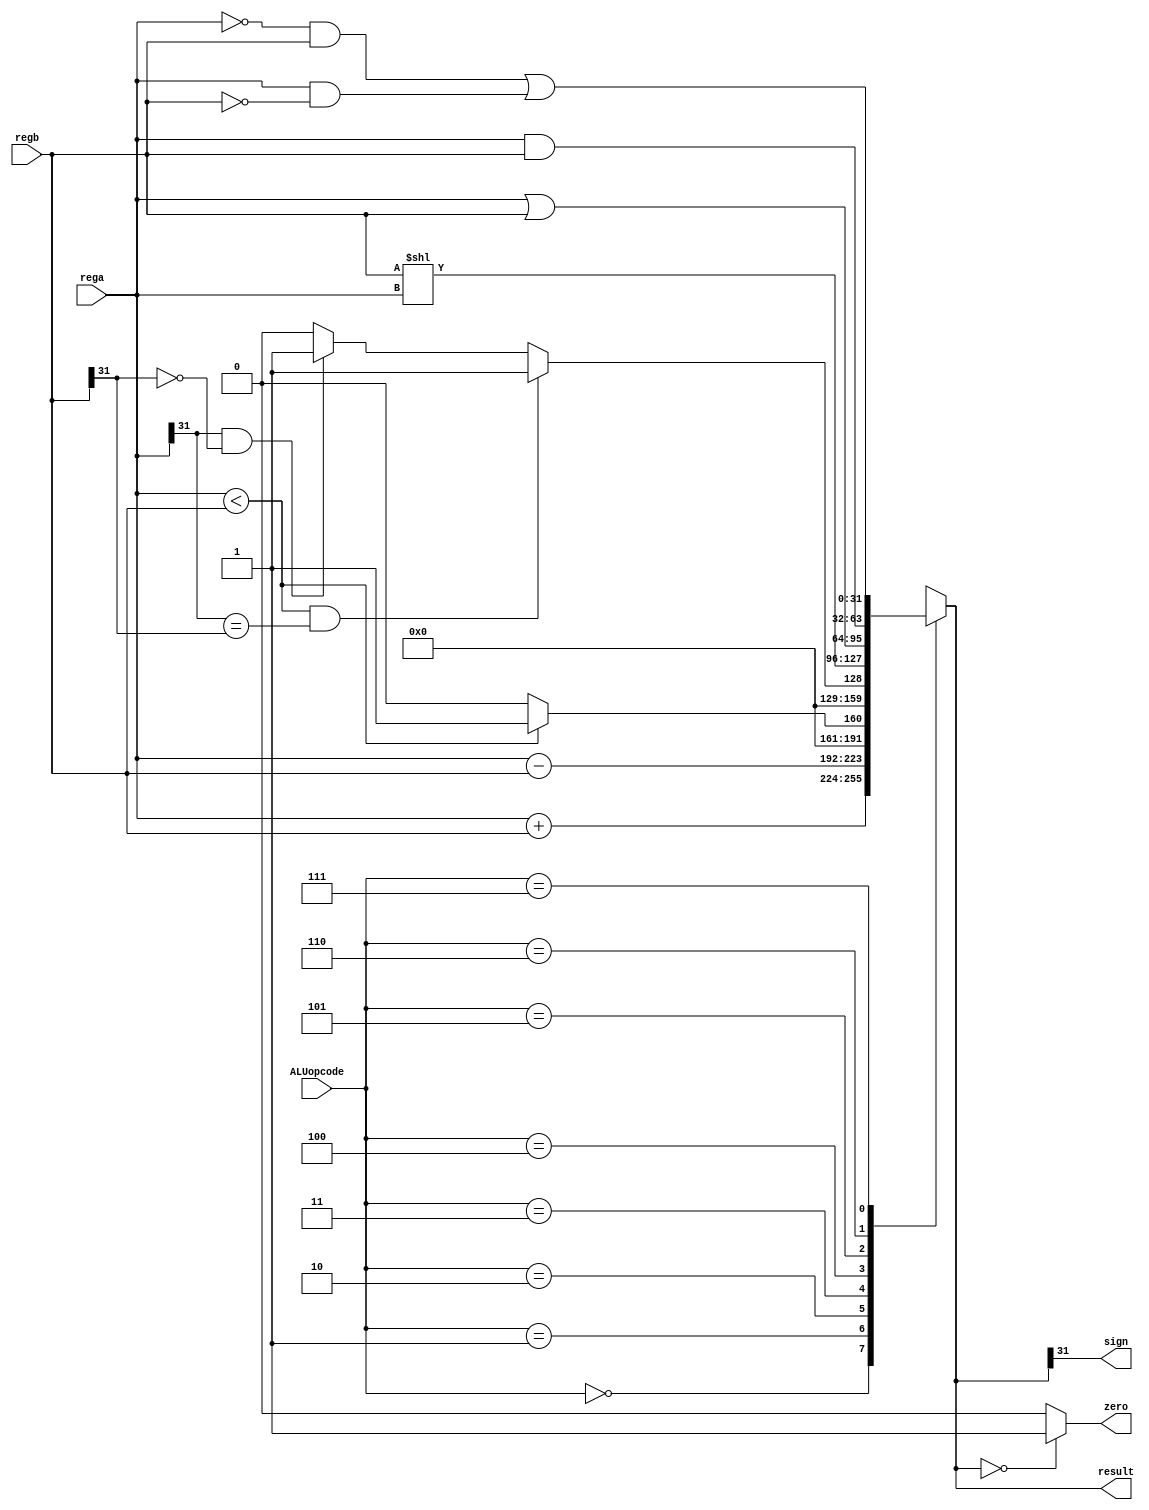
module ALU32(
	input wire [2:0] ALUopcode,
	input wire [31:0] rega,
	input wire [31:0] regb,
	output wire zero,
	output wire sign,
	output reg [31:0] result
	);

assign zero = (result==0)? 1:0;
assign sign = result[31];

always @(ALUopcode or rega or regb) begin
	case(ALUopcode)
		3'b000: result = rega + regb;
		3'b001: result = rega - regb;
		3'b010: result = (rega < regb)? 1:0;
        3'b011:begin
        if(rega < regb && (rega[31] == regb[31]))
            result = 1;
        else if(rega[31] == 1 && regb[31] == 0) result =  1;
        else result = 0;
        end
        3'b100: result = regb << rega;
		3'b101: result = rega | regb;
		3'b110: result = rega & regb;
		
		3'b111: result = (~rega & regb) | (rega & ~regb);
		default: begin
			result = 0;
		end
		endcase
end

endmodule